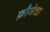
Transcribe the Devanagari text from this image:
फ़ौजेचा